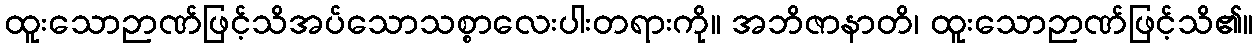
ထူးသောဉာဏ်ဖြင့်သိအပ်သောသစ္စာလေးပါးတရားကို။ အဘိဇာနာတိ၊ ထူးသောဉာဏ်ဖြင့်သိ၏။